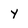
Character: Y